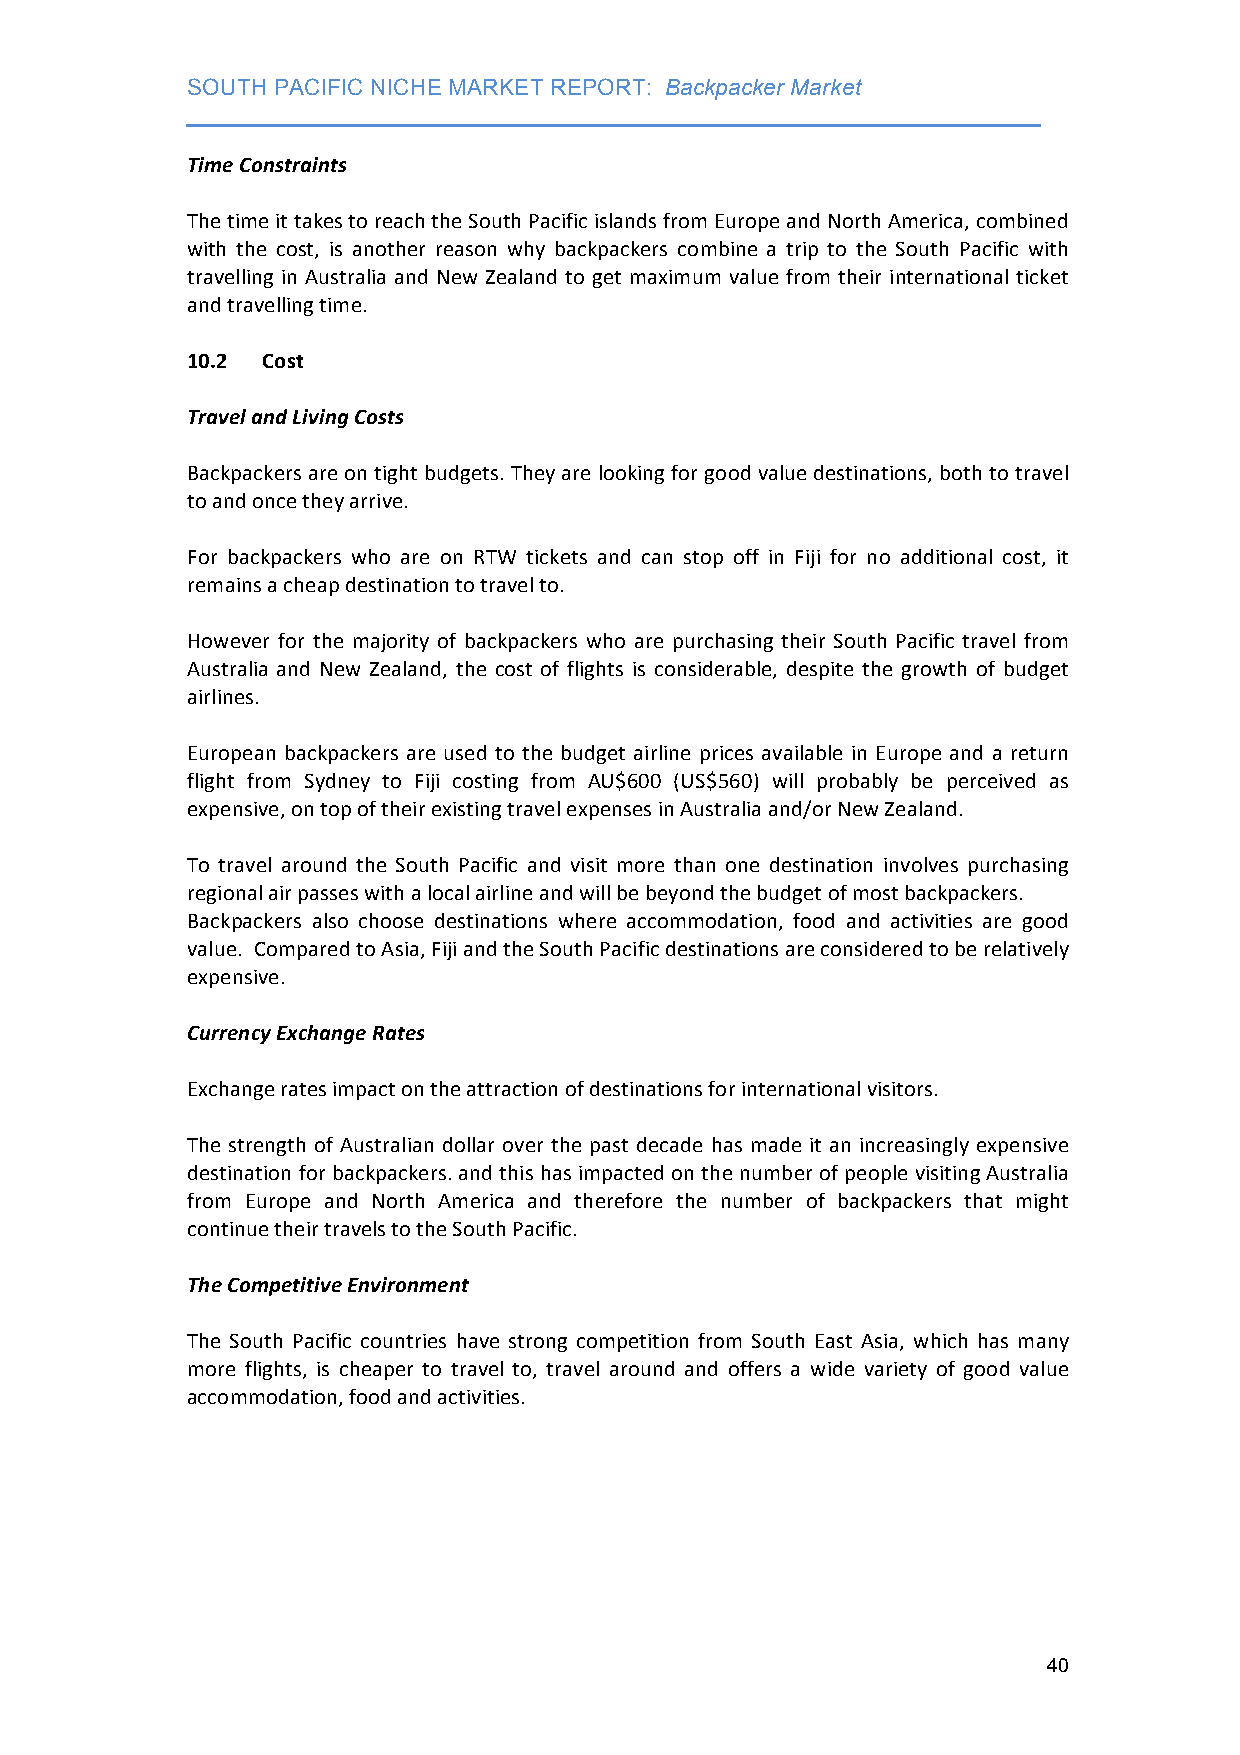
SOUTH PACIFIC NICHE MARKET REPORT: Backpacker Market
 ___________________________________________________________________
 Time Constraints
 The time it takes to reach the South Pacific islands from Europe and North America, combined
 with the cost, is another reason why backpackers combine a trip to the South Pacific with
 travelling in Australia and New Zealand to get maximum value from their international ticket
 and travelling time.
 10.2 Cost
 Travel and Living Costs
 Backpackers are on tight budgets. They are looking for good value destinations, both to travel
 to and once they arrive.
 For backpackers who are on RTW tickets and can stop off in Fiji for no additional cost, it
 remains a cheap destination to travel to.
 However for the majority of backpackers who are purchasing their South Pacific travel from
 Australia and New Zealand, the cost of flights is considerable, despite the growth of budget
 airlines.
 European backpackers are used to the budget airline prices available in Europe and a return
 flight from Sydney to Fiji costing from AU$600 (US$560) will probably be perceived as
 expensive, on top of their existing travel expenses in Australia and/or New Zealand.
 To travel around the South Pacific and visit more than one destination involves purchasing
 regional air passes with a local airline and will be beyond the budget of most backpackers.
 Backpackers also choose destinations where accommodation, food and activities are good
 value. Compared to Asia, Fiji and the South Pacific destinations are considered to be relatively
 expensive.
 Currency Exchange Rates
 Exchange rates impact on the attraction of destinations for international visitors.
 The strength of Australian dollar over the past decade has made it an increasingly expensive
 destination for backpackers. and this has impacted on the number of people visiting Australia
 from Europe and North America and therefore the number of backpackers that might
 continue their travels to the South Pacific.
 The Competitive Environment
 The South Pacific countries have strong competition from South East Asia, which has many
 more flights, is cheaper to travel to, travel around and offers a wide variety of good value
 accommodation, food and activities.
 40